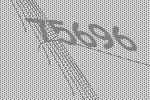
75696